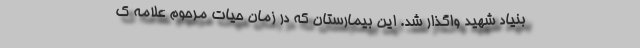
بنیاد شهید واگذار شد. این بیمارستان که در زمان حیات مرحوم علامه ک